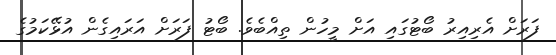
ފަރަށް އެރިއިރު ބޯޓުގައި އަށް މީހުން ތިއްބެވެ. ބޯޓު ފަރަށް އަރައިގެން އުޅޭކަމުގެ